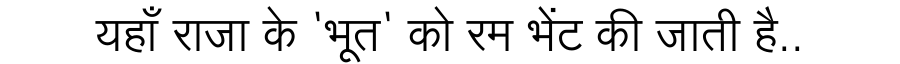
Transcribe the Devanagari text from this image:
यहाँ राजा के 'भूत' को रम भेंट की जाती है..